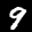
Label: 9